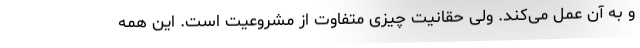
و به آن عمل می‌کند. ولی حقانیت چیزی متفاوت از مشروعیت است. این همه